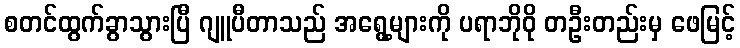
စတင်ထွက်ခွာသွားပြီ ဂျူပီတာသည် အရွေ့များကို ပရာဘိုဝို တဦးတည်းမှ ဖေမြင့်